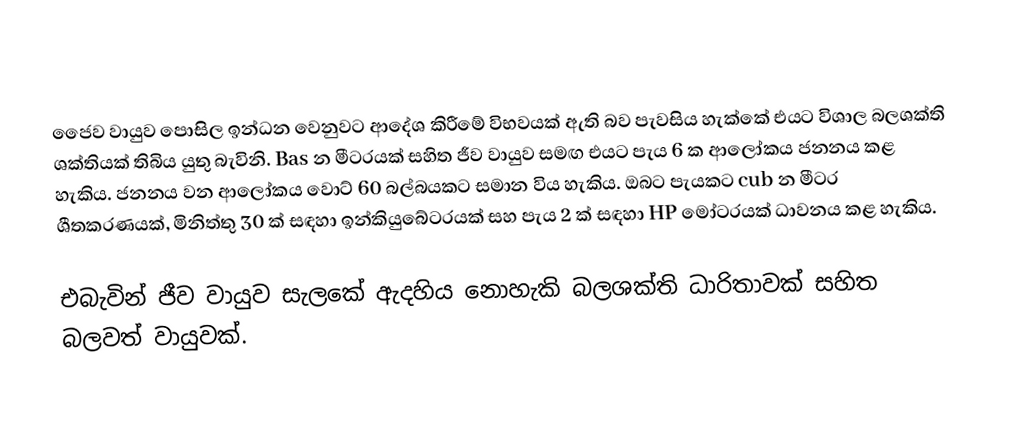
ජෛව වායුව පොසිල ඉන්ධන වෙනුවට ආදේශ කිරීමේ විභවයක් ඇති බව පැවසිය හැක්කේ එයට විශාල බලශක්ති ශක්තියක් තිබිය යුතු බැවිනි. Bas න මීටරයක් ​​සහිත ජීව වායුව සමඟ එයට පැය 6 ක ආලෝකය ජනනය කළ හැකිය. ජනනය වන ආලෝකය වොට් 60 බල්බයකට සමාන විය හැකිය. ඔබට පැයකට cub න මීටර ශීතකරණයක්, මිනිත්තු 30 ක් සඳහා ඉන්කියුබේටරයක් ​​සහ පැය 2 ක් සඳහා HP මෝටරයක් ​​ධාවනය කළ හැකිය.

එබැවින් ජීව වායුව සැලකේ ඇදහිය නොහැකි බලශක්ති ධාරිතාවක් සහිත බලවත් වායුවක්.